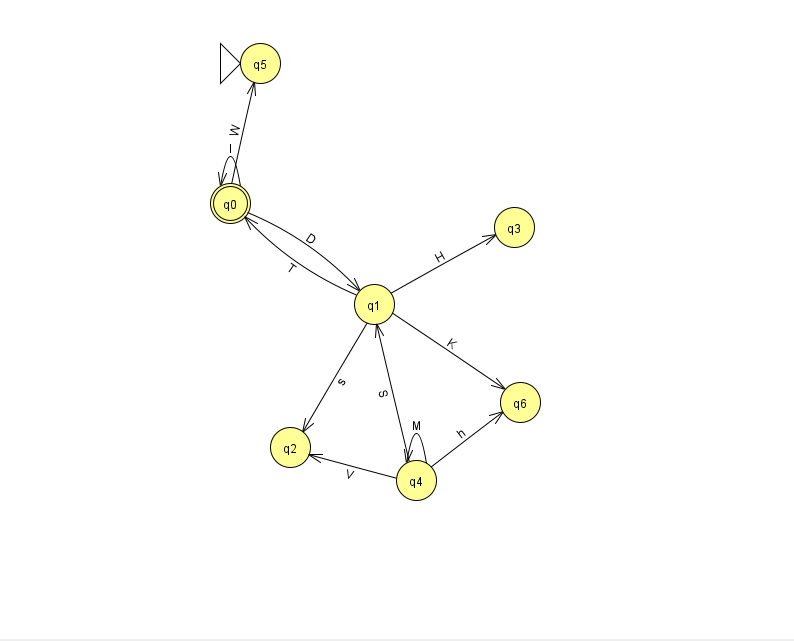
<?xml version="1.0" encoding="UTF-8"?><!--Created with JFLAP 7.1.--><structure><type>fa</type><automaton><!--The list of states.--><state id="0" name="q0"><x>230.0</x><y>190.0</y><final/></state><state id="1" name="q1"><x>374.0</x><y>291.0</y></state><state id="2" name="q2"><x>290.0</x><y>434.0</y></state><state id="3" name="q3"><x>514.0</x><y>214.0</y></state><state id="4" name="q4"><x>416.0</x><y>467.0</y></state><state id="5" name="q5"><x>260.0</x><y>50.0</y><initial/></state><state id="6" name="q6"><x>520.0</x><y>389.0</y></state><!--The list of transitions.--><transition><from>1</from><to>2</to><read>s</read></transition><transition><from>1</from><to>3</to><read>H</read></transition><transition><from>0</from><to>5</to><read>W</read></transition><transition><from>4</from><to>6</to><read>h</read></transition><transition><from>0</from><to>1</to><read>D</read></transition><transition><from>1</from><to>0</to><read>T</read></transition><transition><from>4</from><to>2</to><read>V</read></transition><transition><from>0</from><to>0</to><read>l</read></transition><transition><from>4</from><to>1</to><read>S</read></transition><transition><from>4</from><to>4</to><read>M</read></transition><transition><from>1</from><to>6</to><read>K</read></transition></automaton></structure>